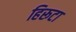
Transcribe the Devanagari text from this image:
हिरूटा